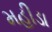
મહીડા